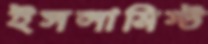
ইসলামিস্ট